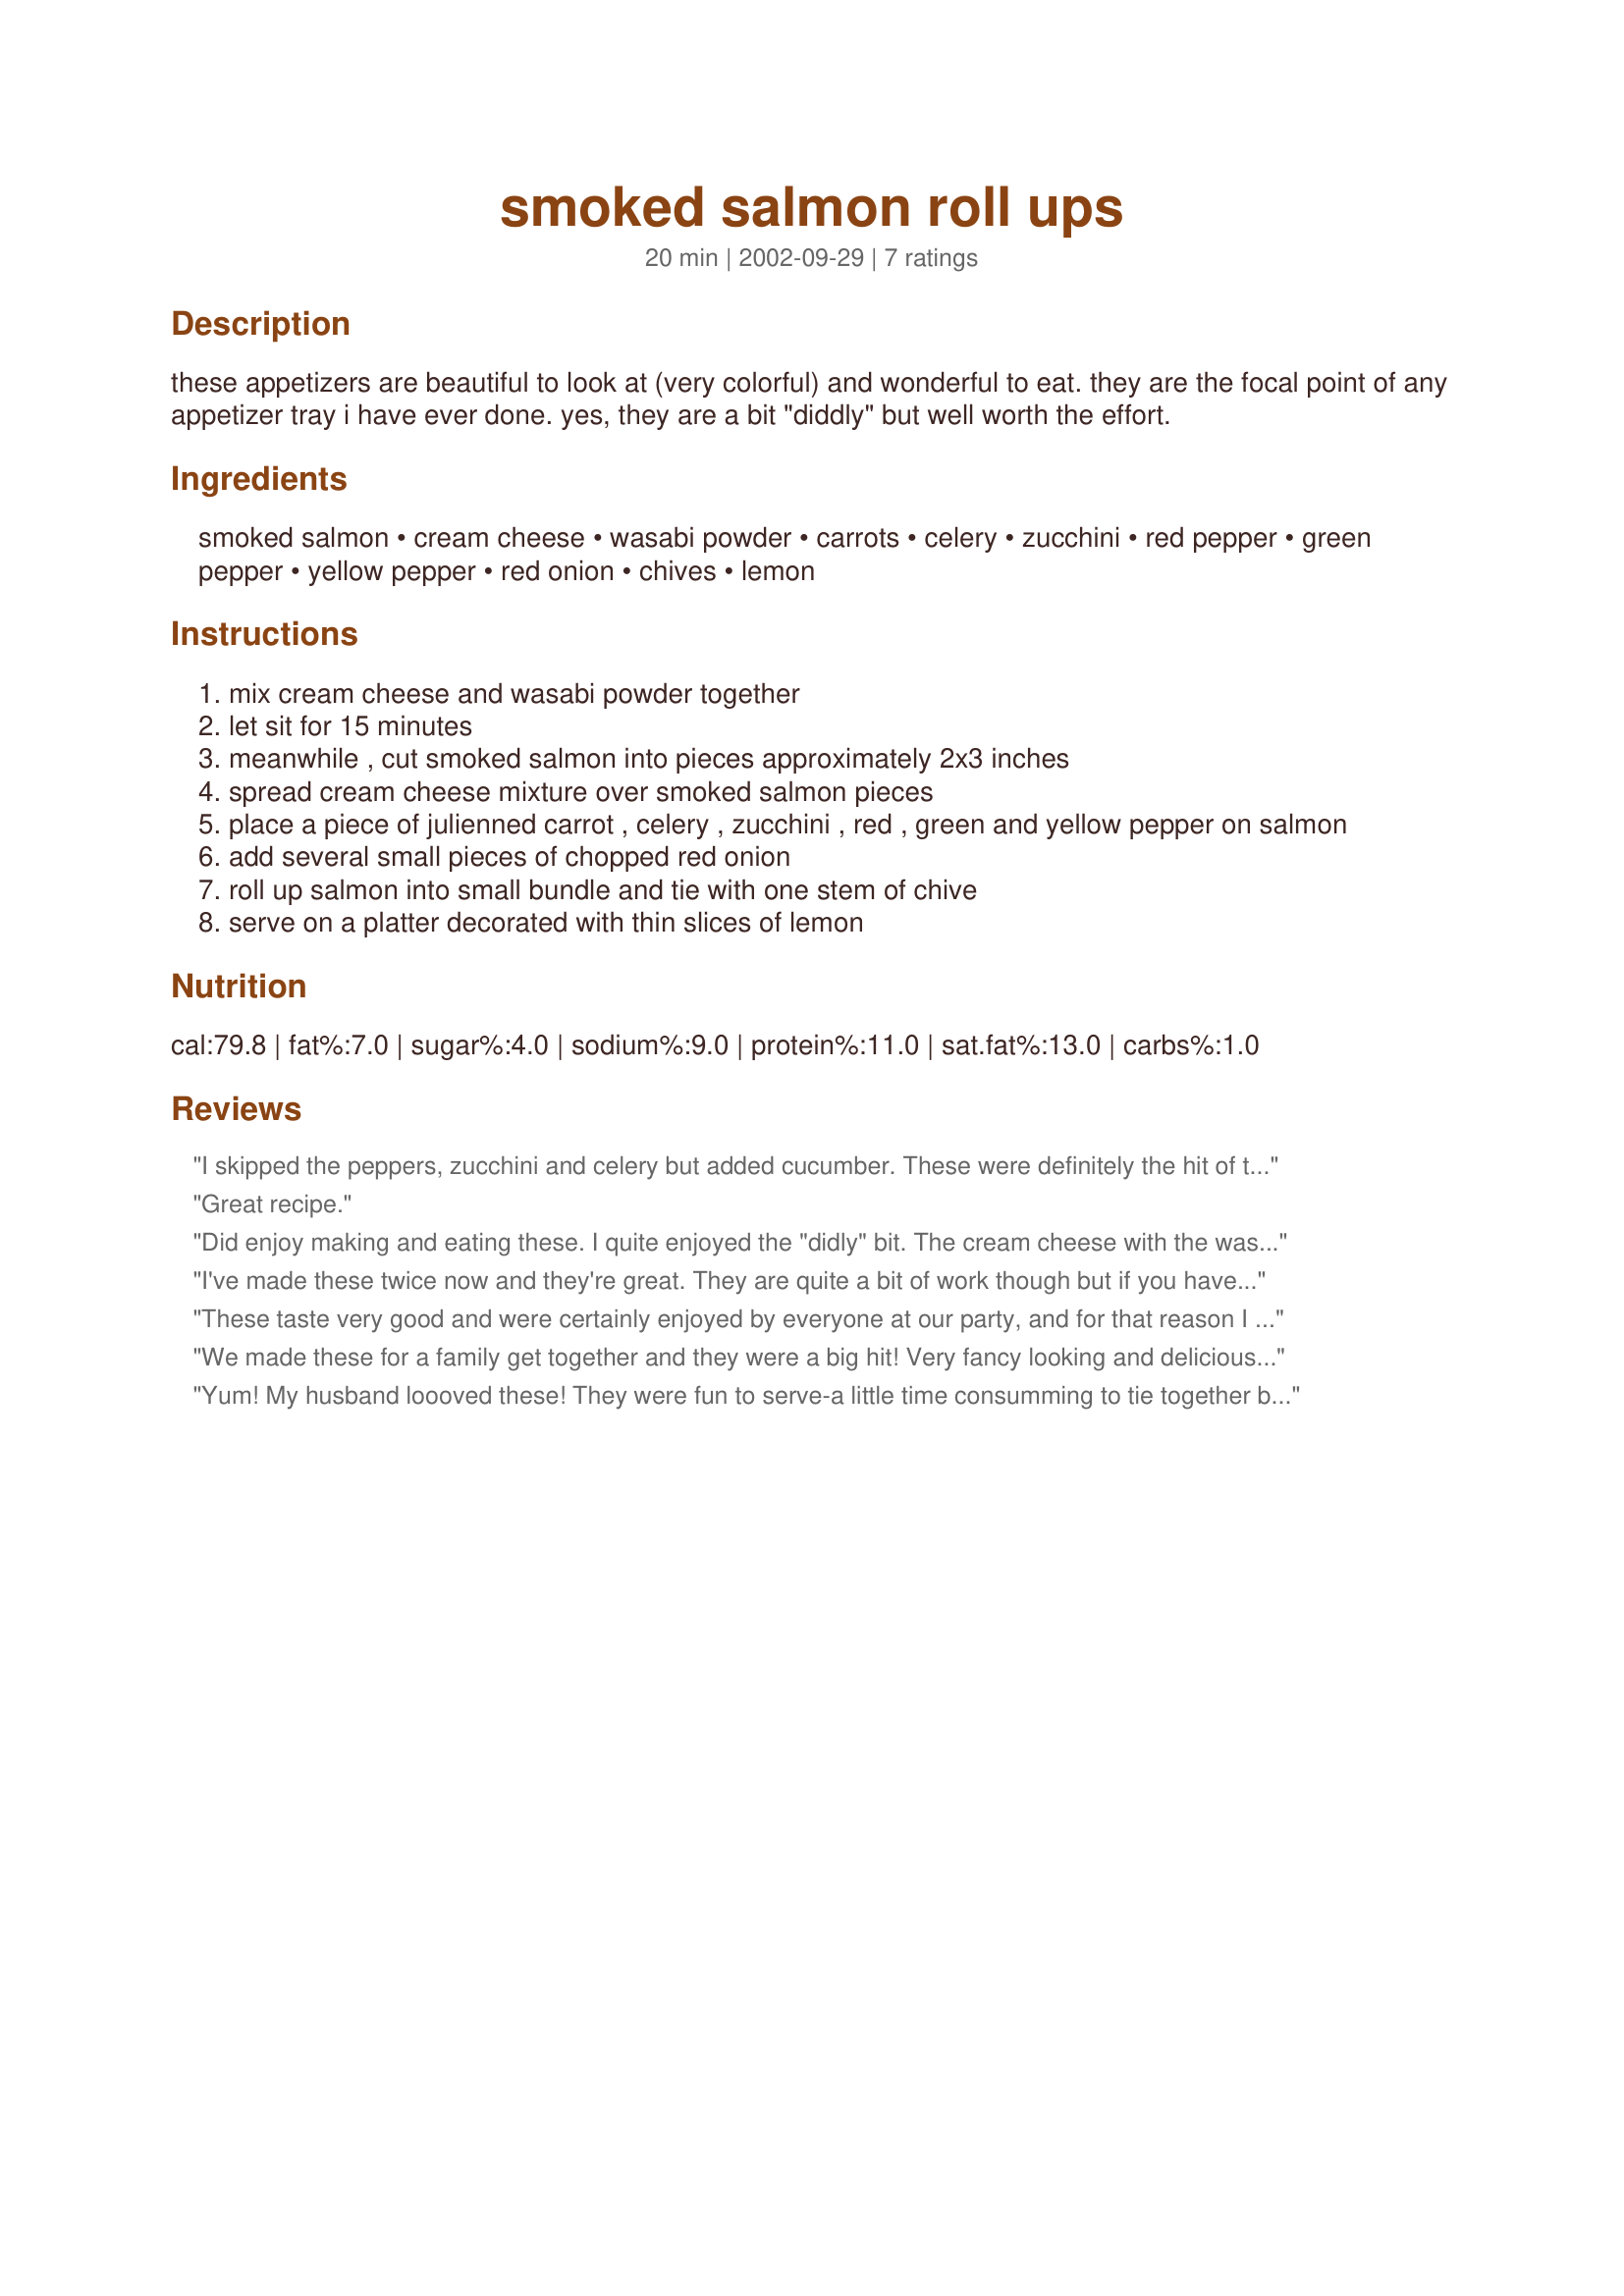
smoked salmon roll ups
Preparation time: 20 minutes

these appetizers are beautiful to look at (very colorful) and wonderful to eat. they are the focal point of any appetizer tray i have ever done. yes, they are a bit "diddly" but well worth the effort.

Ingredients:
smoked salmon, cream cheese, wasabi powder, carrots, celery, zucchini, red pepper, green pepper, yellow pepper, red onion, chives, lemon

Steps:
mix cream cheese and wasabi powder together
let sit for 15 minutes
meanwhile , cut smoked salmon into pieces approximately 2x3 inches
spread cream cheese mixture over smoked salmon pieces
place a piece of julienned carrot , celery , zucchini , red , green and yellow pepper on salmon
add several small pieces of chopped red onion
roll up salmon into small bundle and tie with one stem of chive
serve on a platter decorated with thin slices of lemon

Reviews:
I skipped the peppers, zucchini and celery but added cucumber. These were definitely the hit of the party - not only did they look fantastic but they tasted so fresh! worth the effort.
Great recipe.
Did enjoy making and eating these. I quite enjoyed the "didly" bit. The cream cheese with the wasabi gave them a fresh kick and they do look beautiful when you serve them. Next time I will use less of the sweet pepper.
I've made these twice now and they're great. They are quite a bit of work though but if you have someone help with the chopping it's not too bad. Great visual appeal!!
These taste very good and were certainly enjoyed by everyone at our party, and for that reason I recommend making them. They look very cute and everyone will be impressed with your skills! However, be warned that they are definitely in the "fiddly" category. Thankfully my husband is good with "fiddly" things so he helped out but even so making these took us about an hour. It would have gone faster if we'd had a mandoline to help with cutting the veggies. I also wonder about the quantities given. We bought a pound of salmon but by the time we were through half of it we had 30 rolls! I started with 1 carrot, 2 stalks of celery, 1 red pepper, 1/2 a zucchini and 1/2 a red onion to fill the rolls and didn't even finish that by the time we'd made 30. Thankfully we were able to use the leftover veggies in a pasta salad.
We made these for a family get together and they were a big hit! Very fancy looking and delicious! They are quite labor intensive, but they are worth the effort and definitely impress!
Yum! My husband loooved these! They were fun to serve-a little time consumming to tie together but worth it when I have the time! We loved the "bite" of the wasabi powder!
